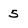
Character: 5